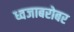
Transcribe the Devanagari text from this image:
ध्वजाबरोबर